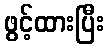
ဖွင့်ထားပြီး